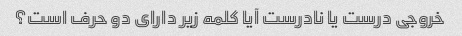
خروجی درست یا نادرست آیا کلمه زیر دارای دو حرف است؟